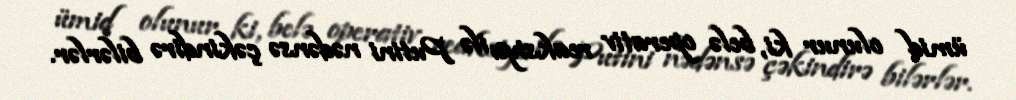
ümid olunur ki, belə operativ reaksiya ilə Putini nədənsə çəkindirə bilərlər.